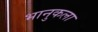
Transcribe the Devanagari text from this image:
भानुकला